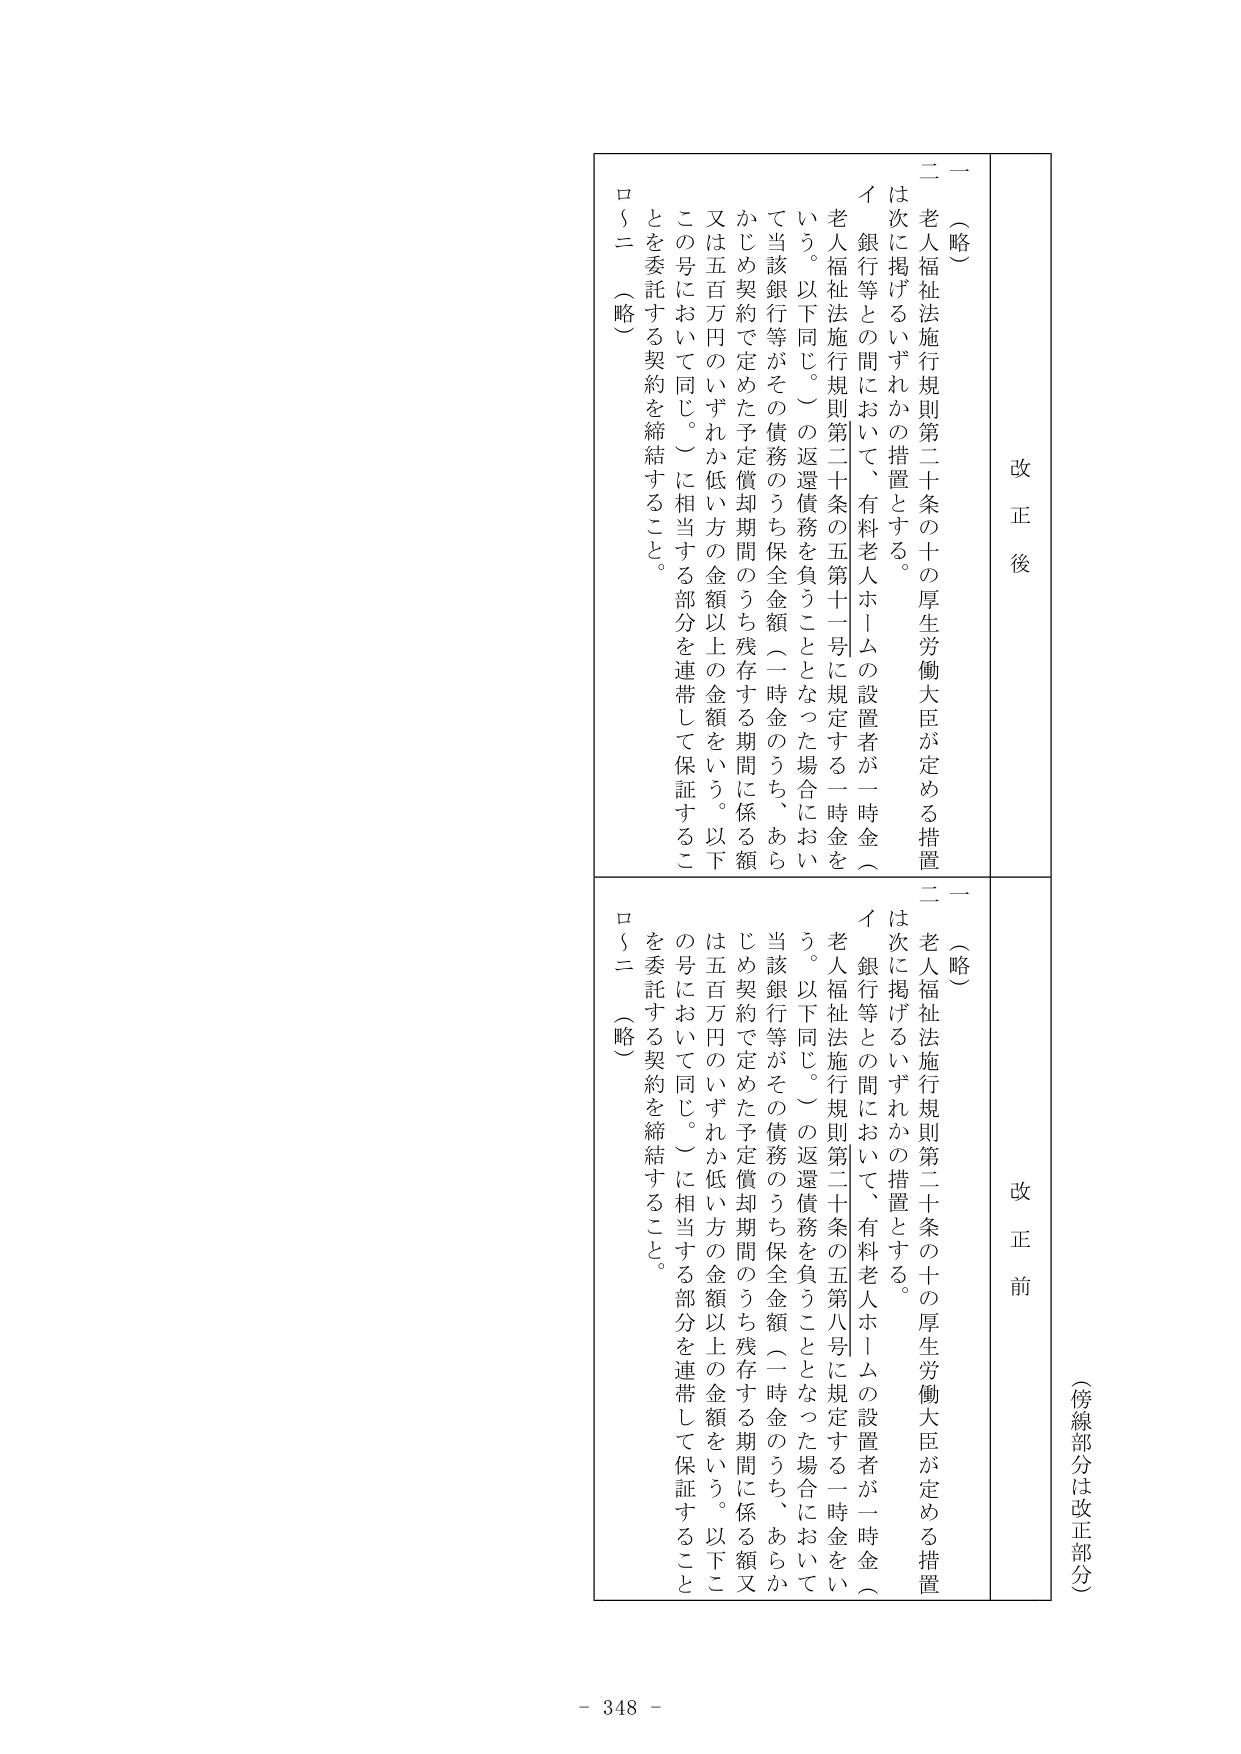
（傍線部分は改正部分）

改正後

一（略）
二 老人福祉法施行規則第二十条の十の厚生労働大臣が定める措置
は次に掲げるいずれかの措置とする。
イ 銀行等との間において、有料老人ホームの設置者が一時金（
老人福祉法施行規則第二十条の五第十一号に規定する一時金を
いう。以下同じ。）の返還債務を負うこととなった場合におい
て当該銀行等がその債務のうち保全金額（一時金のうち、あら
かじめ契約で定めた予定償却期間のうち残存する期間に係る額
又は五百万円のいずれか低い方の金額以上の金額をいう。以下
この号において同じ。）に相当する部分を連帯して保証するこ
とを委託する契約を締結すること。
ロ～ニ（略）

改正前

一（略）
二 老人福祉法施行規則第二十条の十の厚生労働大臣が定める措置
は次に掲げるいずれかの措置とする。
イ 銀行等との間において、有料老人ホームの設置者が一時金（
老人福祉法施行規則第二十条の五第八号に規定する一時金をい
う。以下同じ。）の返還債務を負うこととなった場合において
当該銀行等がその債務のうち保全金額（一時金のうち、あらか
じめ契約で定めた予定償却期間のうち残存する期間に係る額又
は五百万円のいずれか低い方の金額以上の金額をいう。以下こ
の号において同じ。）に相当する部分を連帯して保証すること
を委託する契約を締結すること。
ロ～ニ（略）

- 348 -